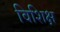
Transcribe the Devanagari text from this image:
विशिक्ष